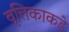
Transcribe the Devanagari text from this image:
वृत्तिकाकडे